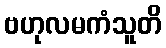
ဗဟုလမကံသူတိ